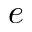
e